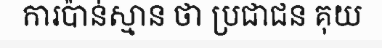
ការប៉ាន់ស្មាន ថា ប្រជាជន គុយ